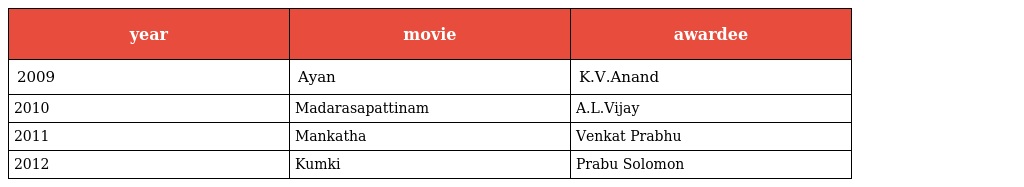
| year | movie | awardee |
 | --- | --- | --- |
 | 2009 | Ayan | K.V.Anand |
 | 2010 | Madarasapattinam | A.L.Vijay |
 | 2011 | Mankatha | Venkat Prabhu |
 | 2012 | Kumki | Prabu Solomon |